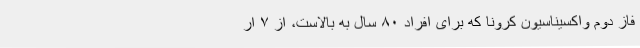
فاز دوم واکسیناسیون کرونا که برای افراد ۸۰ سال به بالاست، از ۷ ار